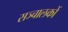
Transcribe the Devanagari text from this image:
सञ्चालकों